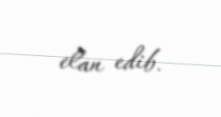
elan edib.